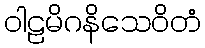
ဝါဠမိဂနိသေဝိတံ